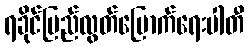
ရခိုင်ပြည်လွတ်မြောက်ရေးပါတီ